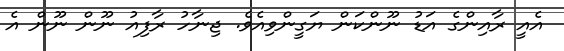
އެއީ ރާއިންގެ އަޑު ނޫންކަން ޔަގީންވިއެވެ. ޖިނާހު ރާފިއު ނޫން ނޫން އެ